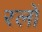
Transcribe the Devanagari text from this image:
रलों